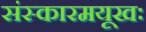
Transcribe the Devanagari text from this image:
संस्कारमयूखः